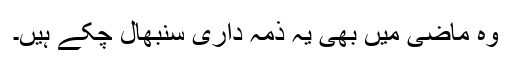
وہ ماضی میں بھی یہ ذمہ داری سنبھال چکے ہیں۔